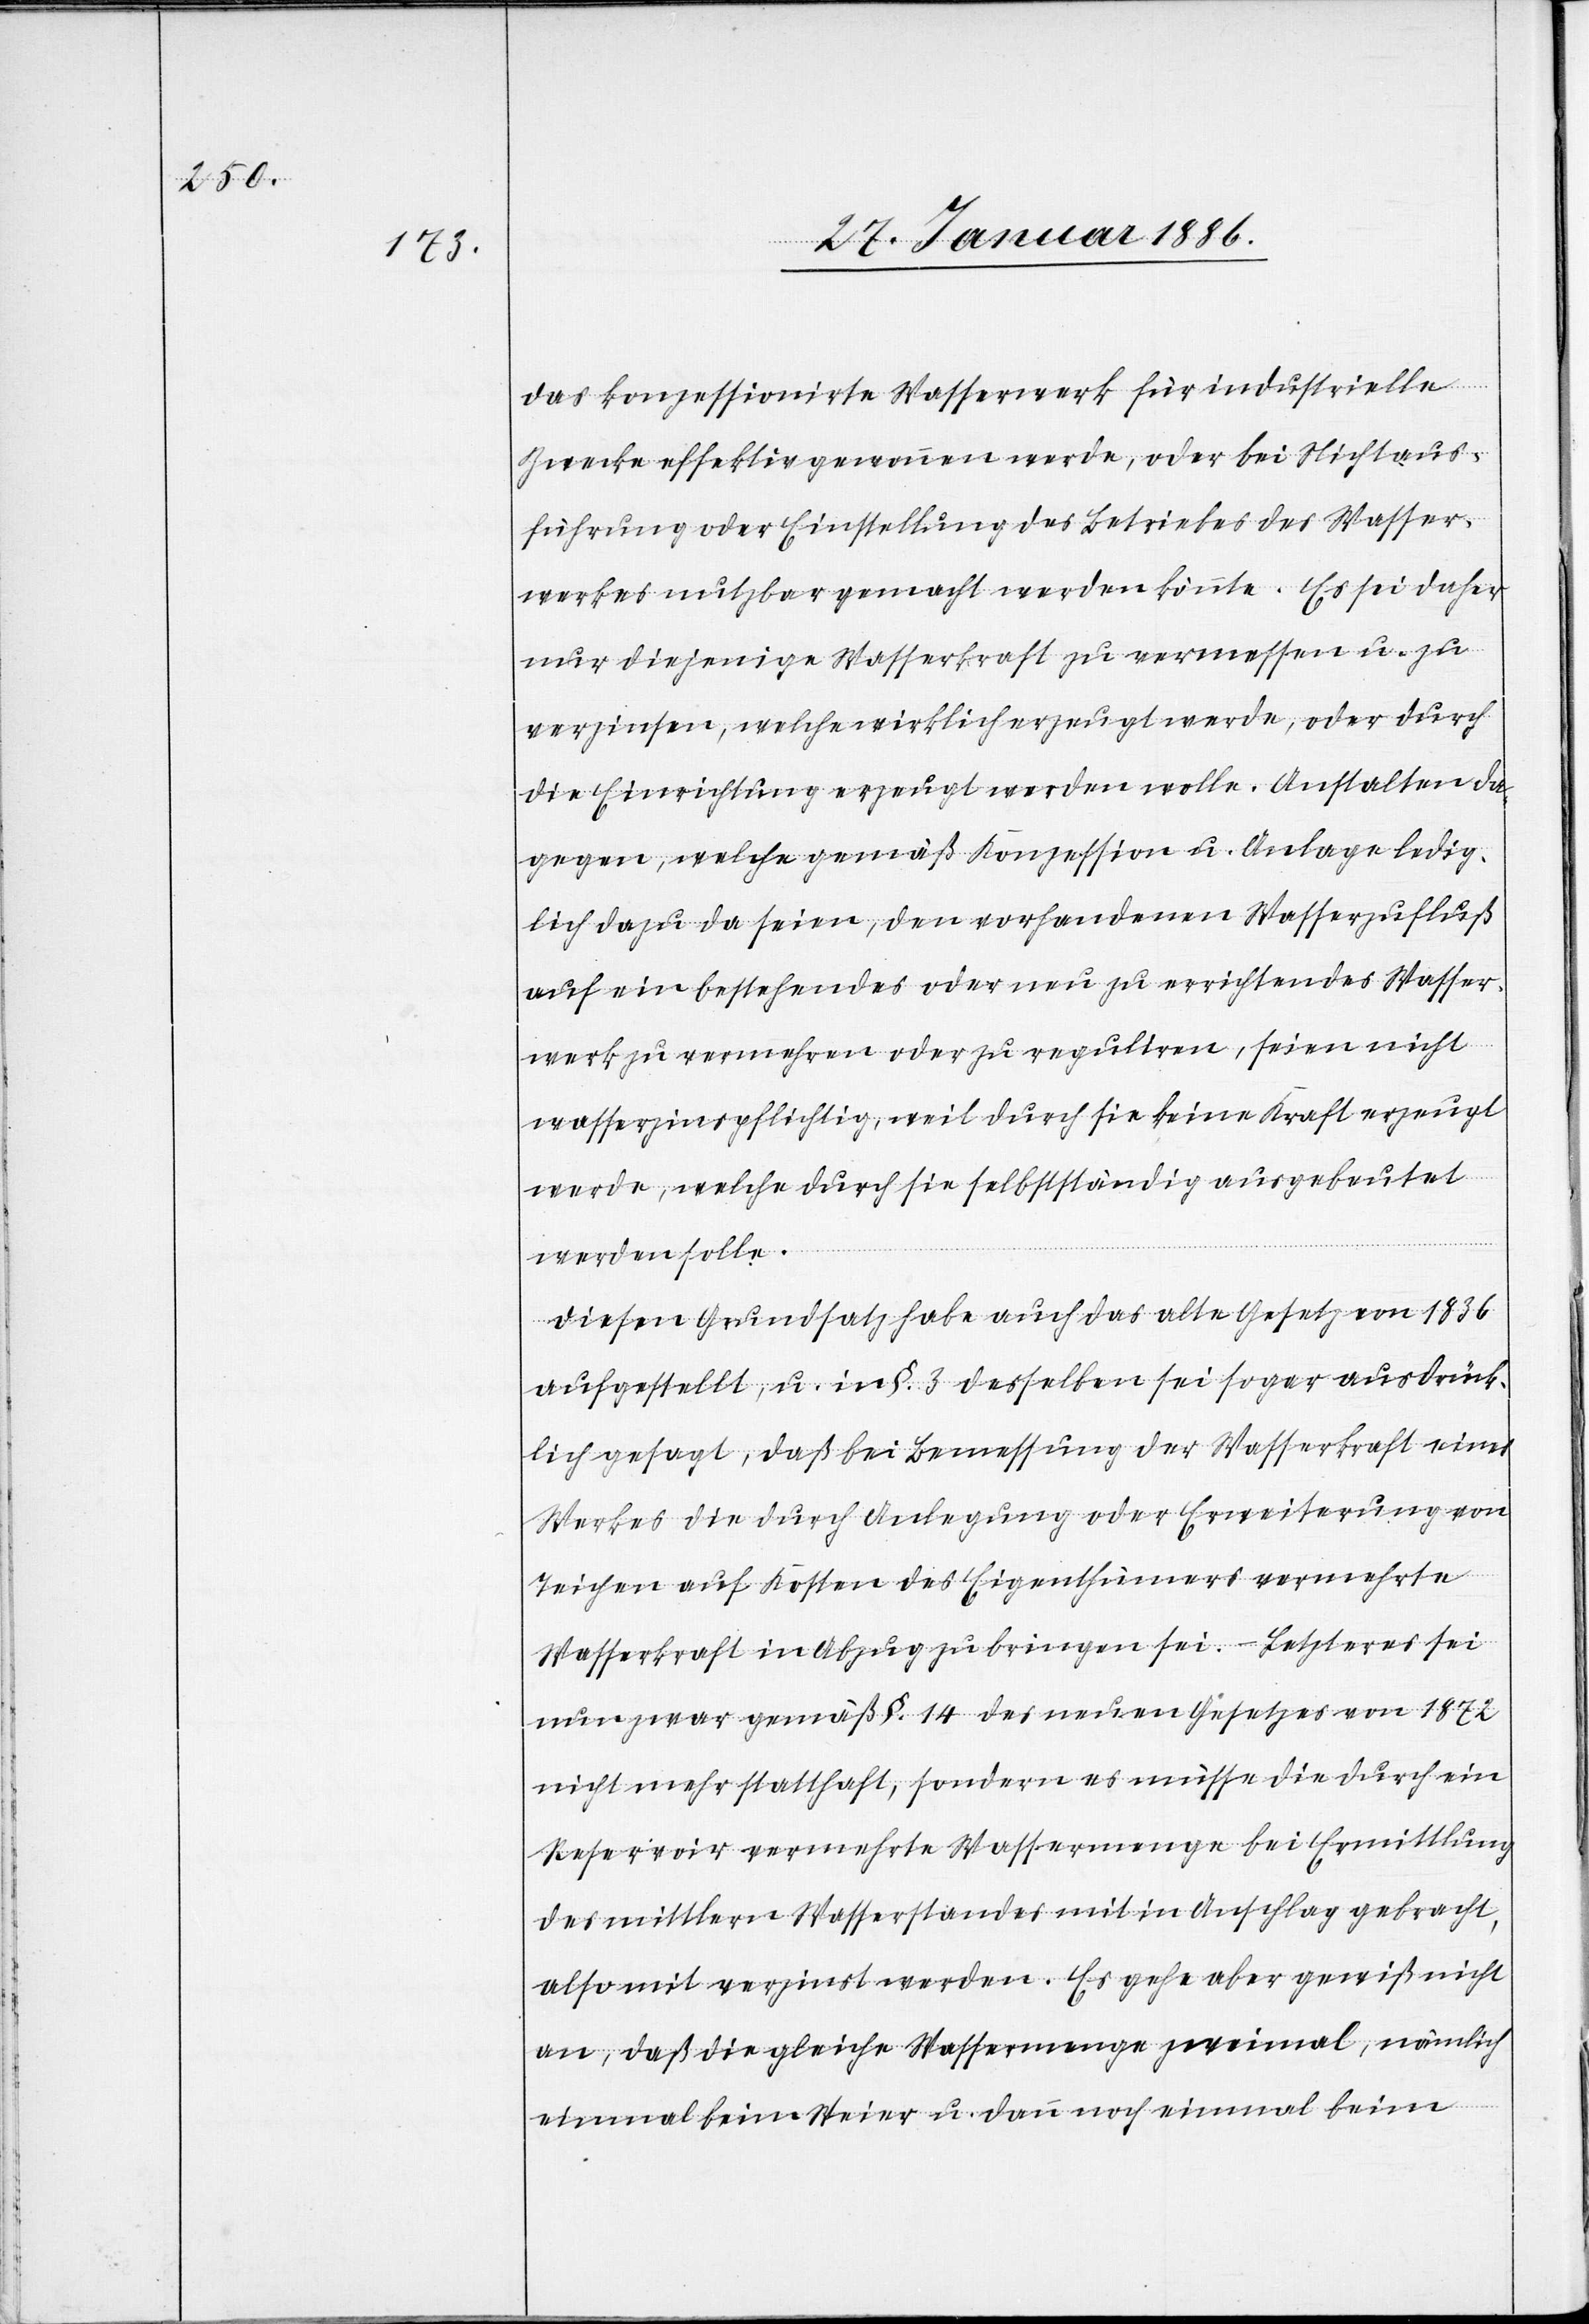
das konzessionierte Wasserwerk für industrielle
Zwecke effektiv genommen werde, oder bei Nichtaus¬
führung oder Einstellung des Betriebes des Wasser¬
werkes nutzbar gemacht werden könnte. Es sei daher
nur diejenige Wasserkraft zu vermessen u. zu
verzinsen, welche wirklich erzeugt werde, oder durch
die Einrichtung erzeugt werden wolle. Anstalten da¬
gegen, welche gemäß Konzession u. Anlage ledig¬
lich dazu da seien, den vorhandenen Wasserzufluß
auf ein bestehendes oder neu zu errichtendes Wasser¬
werk zu vermehren oder zu reguliren, seien nicht
wasserzinspflichtig, weil durch sie keine Kraft erzeugt
werde, welche durch sie selbständig ausgebeutet
werden solle.
Diesen Grundsatz habe auch das alte Gesetz von 1836
aufgestellt, u. in §. 3 desselben sei sogar ausdrück¬
lich gesagt, daß die Bemessung der Wasserkraft eines
Werkes die durch Anlegung oder Erweiterung von
Teichen auf Kosten des Eigenthümers vermehrte
Wasserkraft in Abzug zu bringen sei. – Letzteres sei
nun zwar gemäß §. 14 des neuen Gesetzes von 1872
nicht mehr statthaft, sondern es müsse die durch ein
Reservoir vermehrte Wassermenge bei Ermittlung
des mittlern Wasserstandes mit in Anschlag gebracht,
also mit verzinst werden. Es gehe aber gewiß nicht
an, daß die gleiche Wassermenge zweimal, nämlich
einmal beim Weier u. dann noch einmal beim